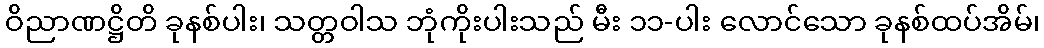
ဝိညာဏဋ္ဌိတိ ခုနစ်ပါး၊ သတ္တဝါသ ဘုံကိုးပါးသည် မီး ၁၁-ပါး လောင်သော ခုနစ်ထပ်အိမ်၊